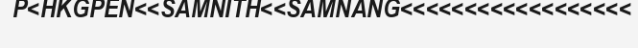
P<HKGPEN<<SAMNITH<<SAMNANG<<<<<<<<<<<<<<<<<<